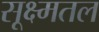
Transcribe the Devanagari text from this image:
सूक्ष्मतल